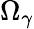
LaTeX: \Omega_{\gamma}